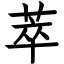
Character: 萃